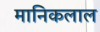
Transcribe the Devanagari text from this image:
मानिकलाल